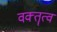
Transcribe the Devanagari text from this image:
वक्‍तॄत्‍व